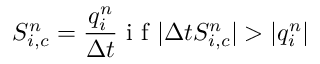
S _ { i , c } ^ { n } = \frac { q _ { i } ^ { n } } { \Delta t } \textrm { i f } | \Delta t S _ { i , c } ^ { n } | > | q _ { i } ^ { n } |